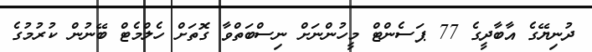
ދުނިޔޭގެ އާބާދީގެ 77 ޕަސެންޓް މީހުންނަށް ނިސްބަތްވާ ގޮތަށް ހެލްމެޓް ބޭނުން ކުރުމުގެ